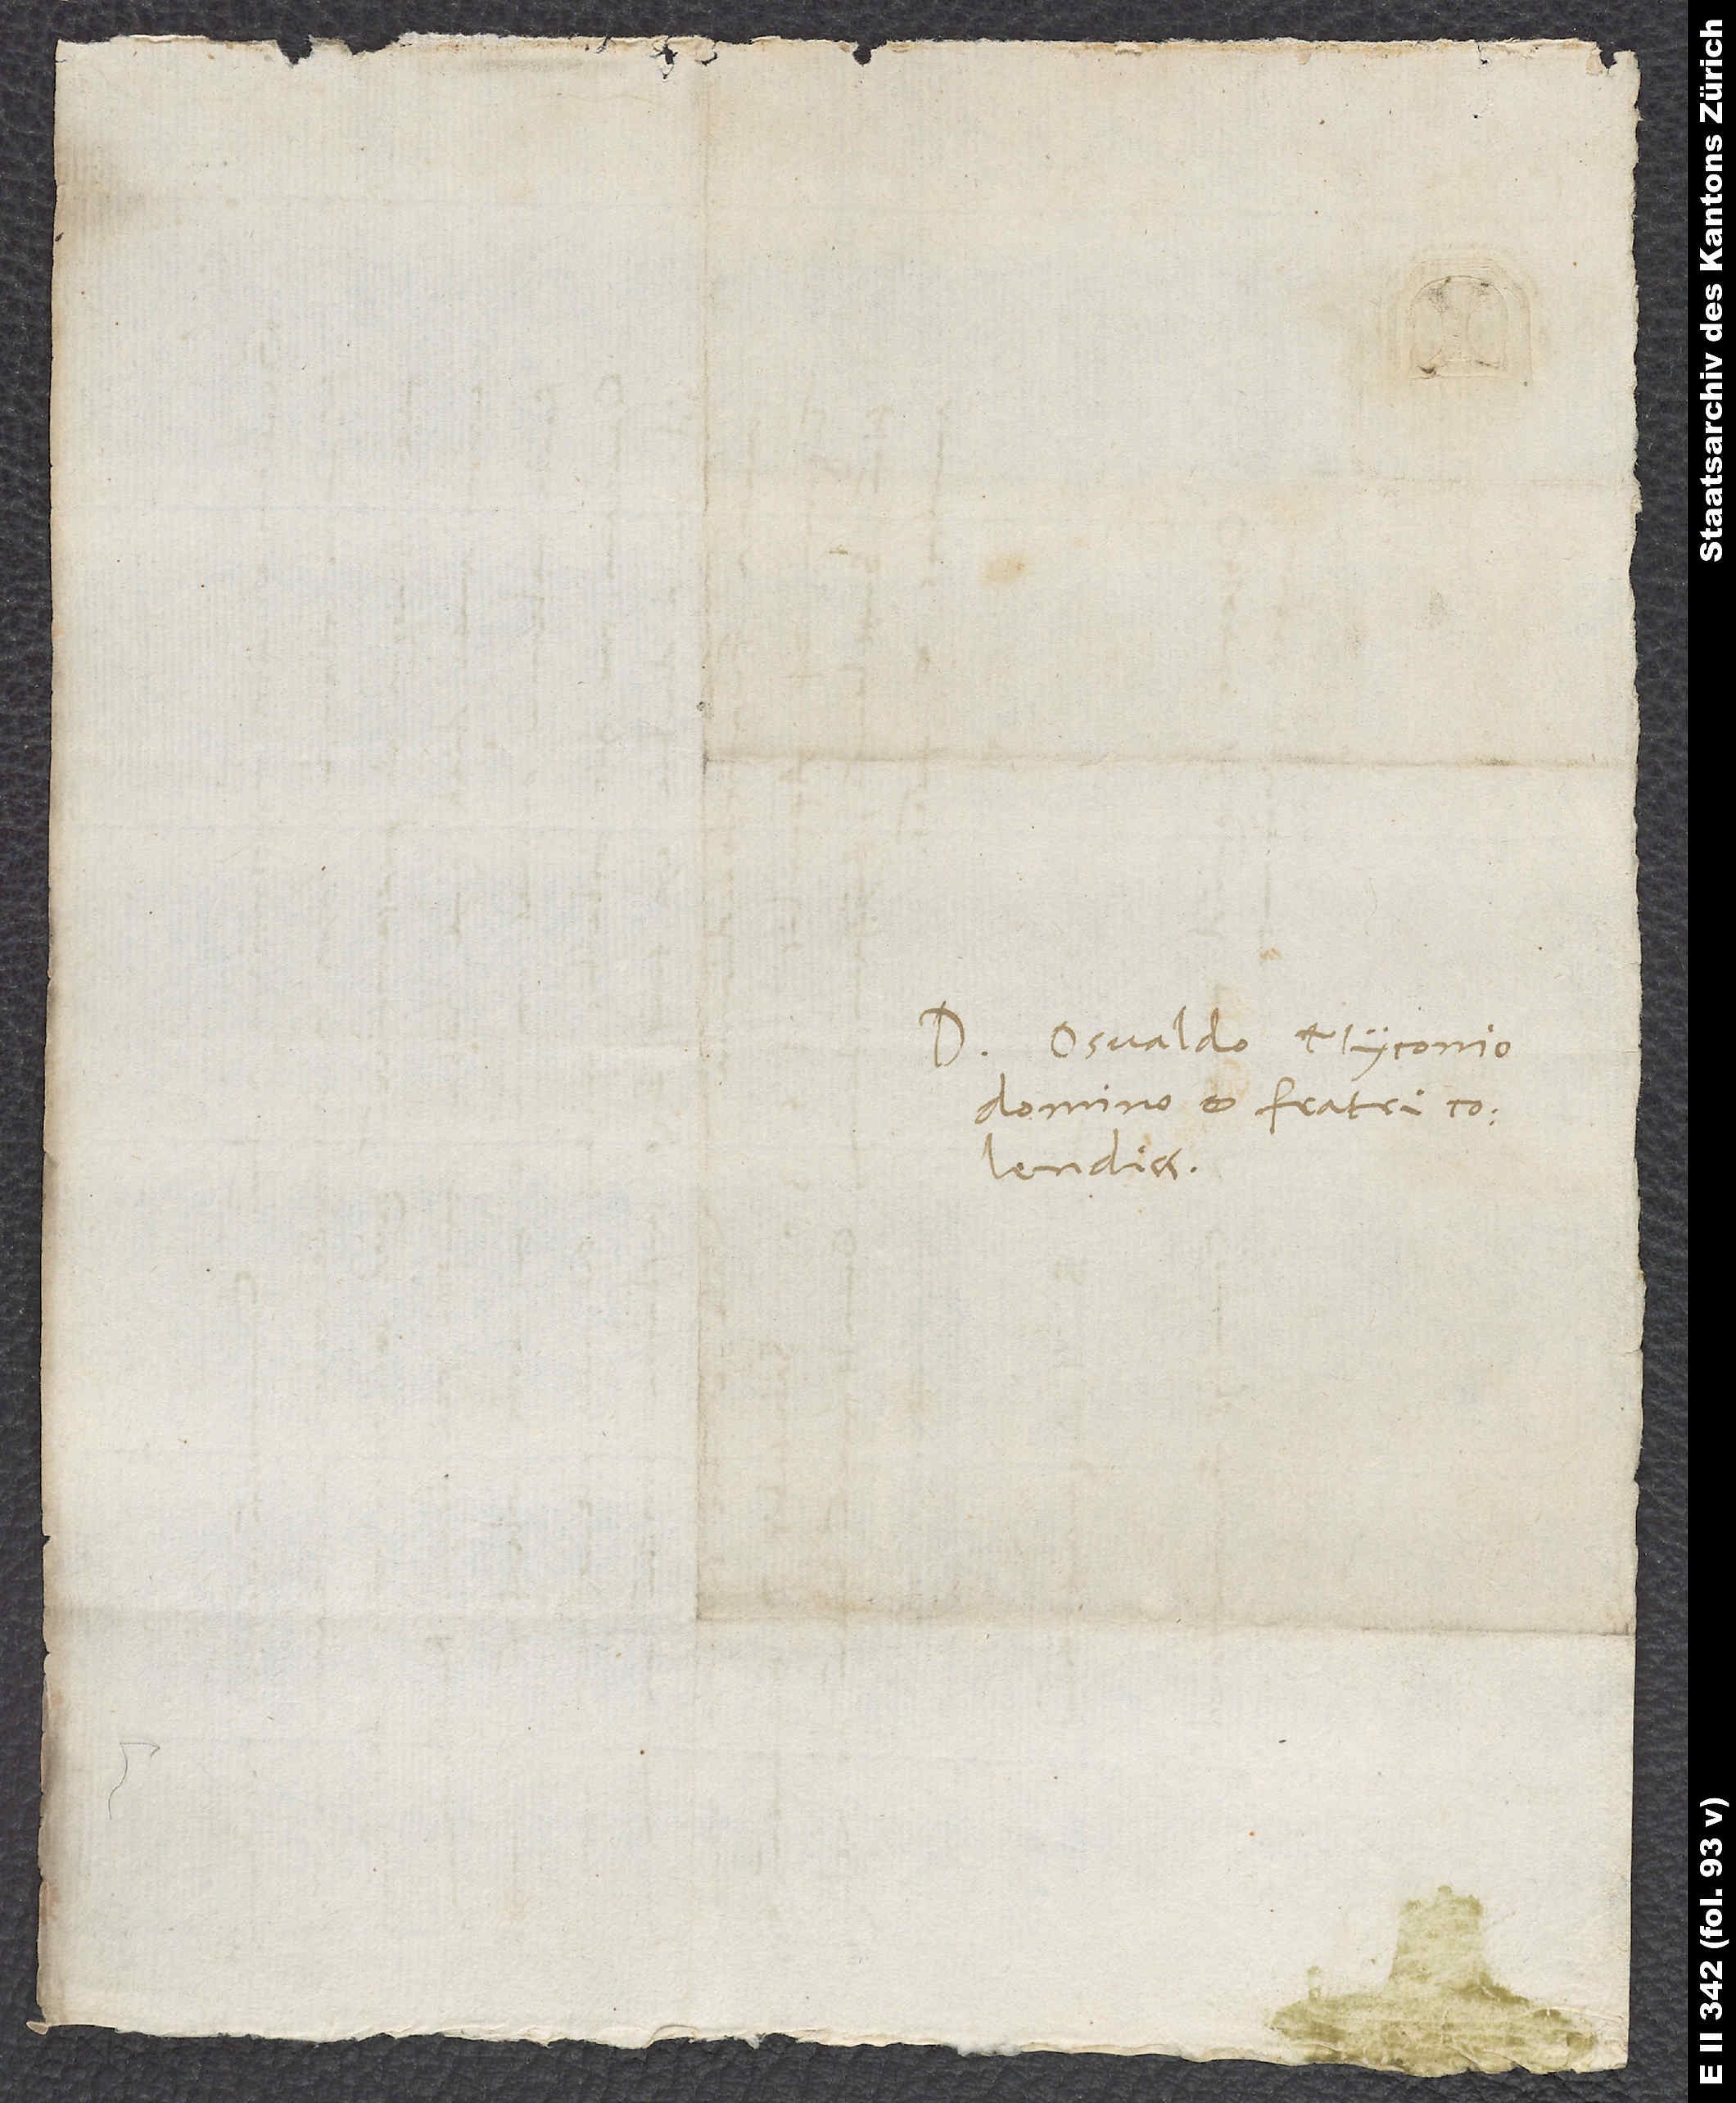
Domino Osvaldo Myconio,
domino et fratri
colendissimo.